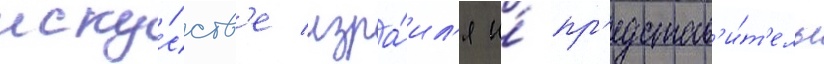
иску́сств'е изра́ил'я и́ пр'едстав'и́т'ель